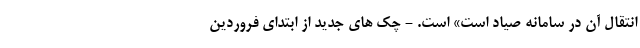
انتقال آن در سامانه صیاد است» است. - چک های جدید از ابتدای فروردین